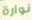
نوارة